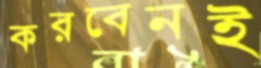
করবেনই